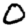
Digit: 0